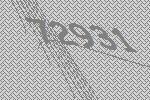
72931